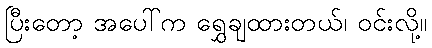
ပြီးတော့ အပေါ်က ရွှေချထားတယ်၊ ဝင်းလို့။